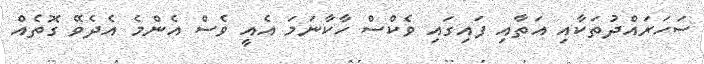
ސަހަރައްދުތަކާއި އަތާއި ފައިގައި ވެކްސް ހާކާނަމަ އެއީ ވެސް އެންމެ އެދެވޭ ގޮތެއް